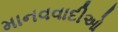
માનવવાદીઓ